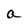
Character: a